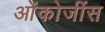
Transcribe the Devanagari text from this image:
ओंकोजींस